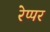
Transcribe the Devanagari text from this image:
रेप्पर